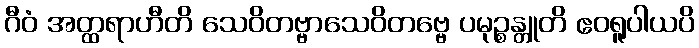
ဂီဝံ အတ္ထရာဟီတိ သေဝိတဗ္ဗာသေဝိတဗ္ဗေ ပမုဉ္စန္တူတိ ဧဝရူပါယပိ